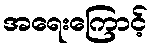
အရေးကြောင့်